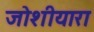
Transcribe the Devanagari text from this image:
जोशीयारा